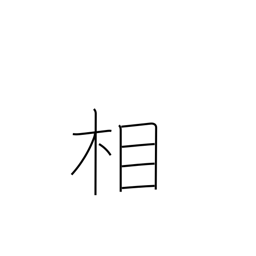
Meaning: aspect